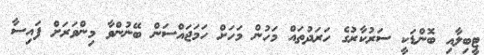
ޓީބިލާއި ބޮންޑަކީ ސަރުކާރުގެ ހަރަދުތައް މަހުން މަހަށް ހަމަޖައްސަން ބޭނުންވާ މިންވަރަށް ފައިސާ